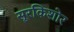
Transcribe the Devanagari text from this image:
सूरकिशोर